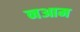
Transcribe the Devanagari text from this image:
नआम